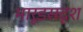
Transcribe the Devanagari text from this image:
भारूडसदृश